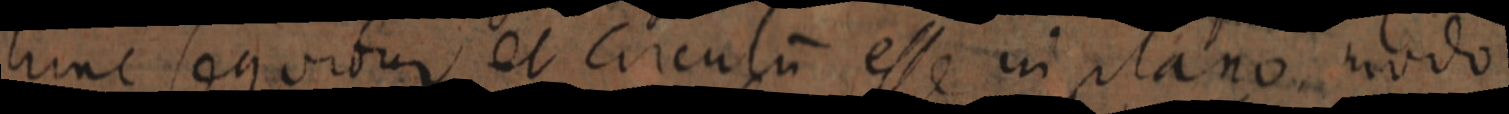
hunc sequitur et circulum esse in plano modo